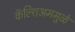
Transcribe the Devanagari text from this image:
कॅल्शिअममुळे